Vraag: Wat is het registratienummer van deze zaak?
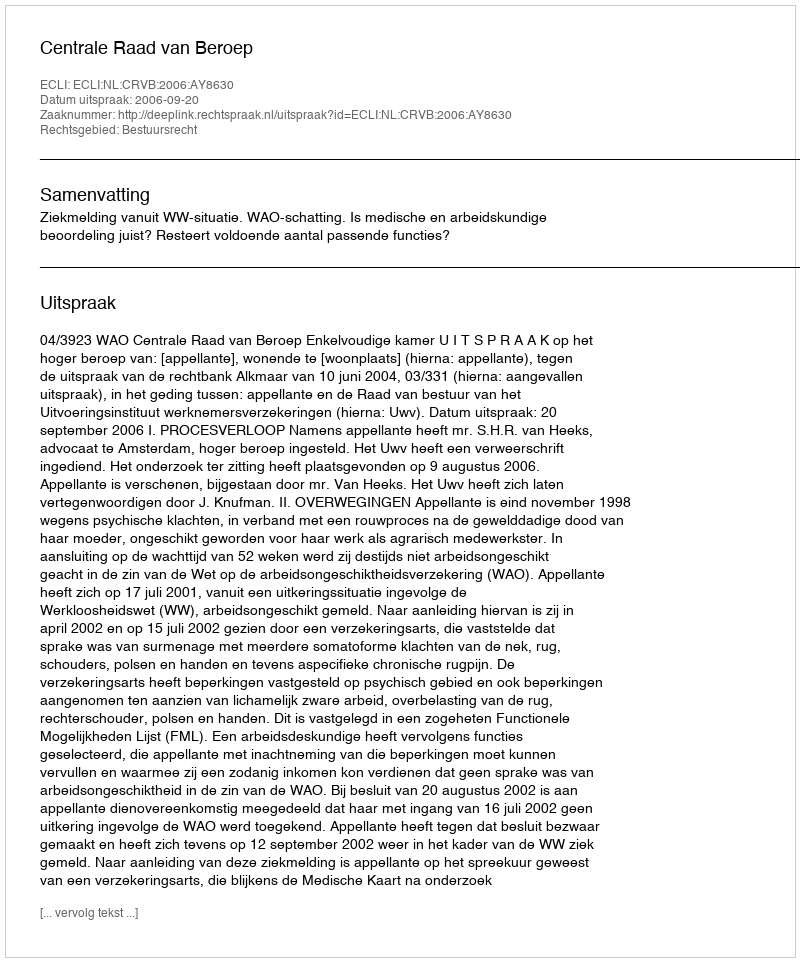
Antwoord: http://deeplink.rechtspraak.nl/uitspraak?id=ECLI:NL:CRVB:2006:AY8630